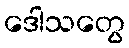
ဒေါသတွေ